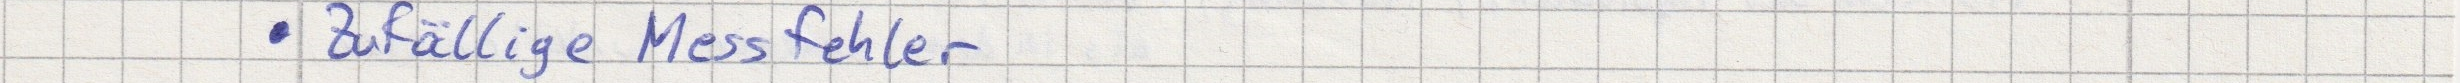
Zufällige Messfehler